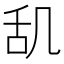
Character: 𫇔